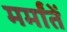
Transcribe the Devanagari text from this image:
मर्मांतें